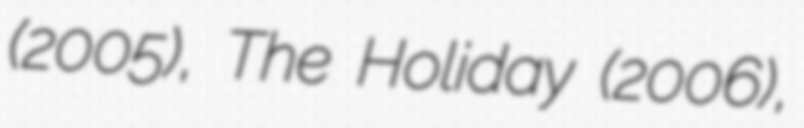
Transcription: (2005), The Holiday (2006),